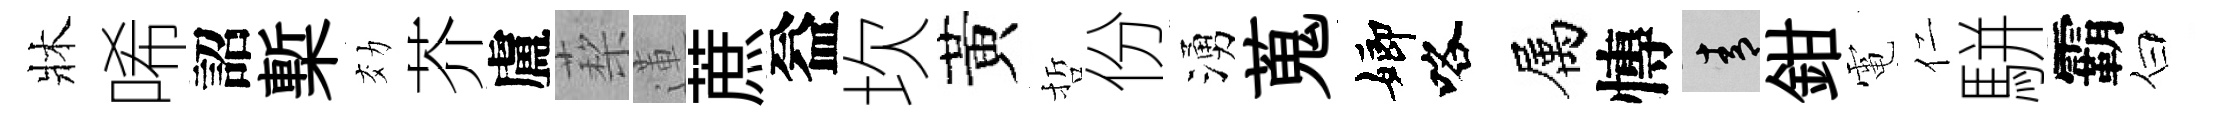
牀唏詔槧効芥盧蔾蓮蔗益坎黃哲份湧蒐嫏咯属慱青鉗電仁駢霸白